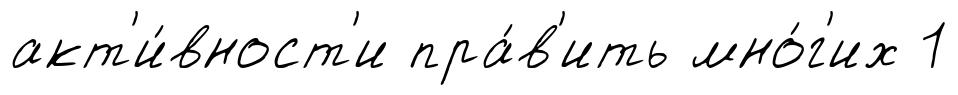
акт'и́вност'и пра́в'ить мно́г'их 1